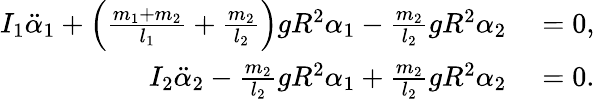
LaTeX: \begin{array}{rl}{I_{1}\ddot{\alpha}_{1}+\left(\frac{m_{1}+m_{2}}{l_{1}}+\frac{m_{2}}{l_{2}}\right)gR^{2}\alpha_{1}-\frac{m_{2}}{l_{2}}gR^{2}\alpha_{2}}&{{}=0,}\\ {I_{2}\ddot{\alpha}_{2}-\frac{m_{2}}{l_{2}}gR^{2}\alpha_{1}+\frac{m_{2}}{l_{2}}gR^{2}\alpha_{2}}&{{}=0.}\end{array}